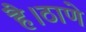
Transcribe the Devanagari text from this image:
है।ठाणे